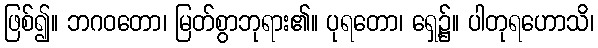
ဖြစ်၍။ ဘဂဝတော၊ မြတ်စွာဘုရား၏။ ပုရတော၊ ရှေ့၌။ ပါတုရဟောသိ၊